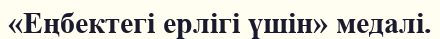
«Еңбектегі ерлігі үшін» медалі.